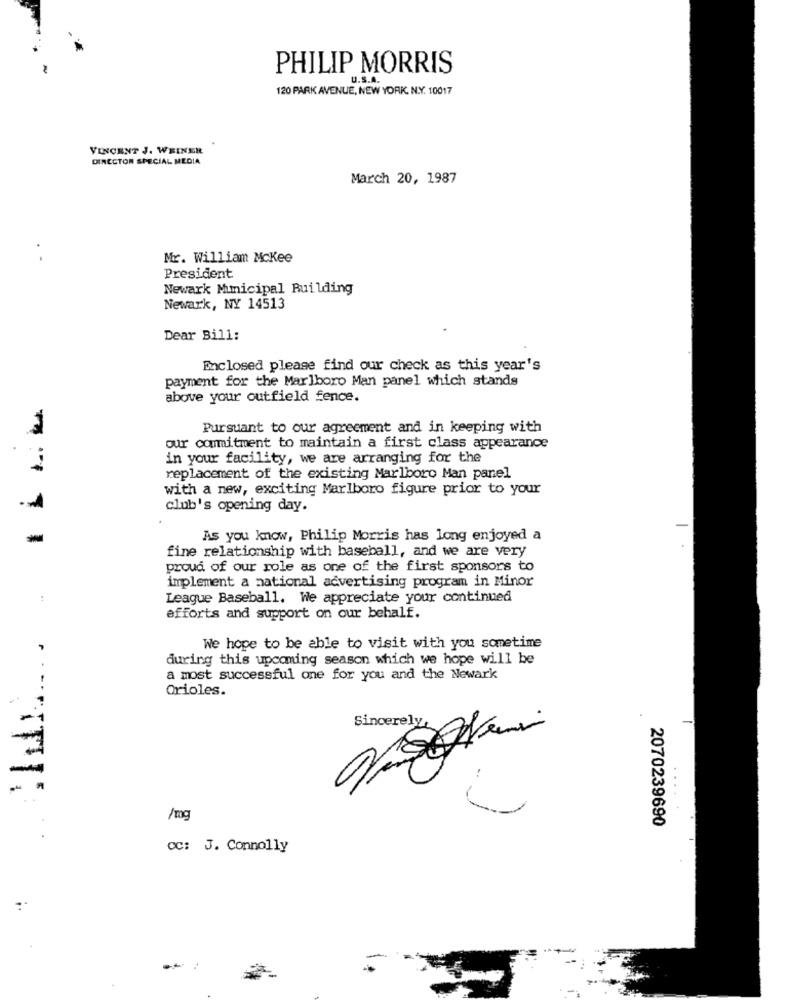
PHILIP MORRIS
U.S.A.
120 PARK AVENUE, NEW YORK. N.Y. 10017
VINCENT J. WEINER
DIRECTOR SPECIAL MEDIA
March 20, 1987
Mr. William McKee
President
Newark Municipal Building
Newark, NY 14513
Dear Bill:
Enclosed please find our check as this year's
payment for the Marlboro Man panel which stands
above your outfield fence.
Pursuant to our agreement and in keeping with
our commitment to maintain a first class appearance
in your facility, we are arranging for the
replacement of the existing Marlboro Man panel
with a new, exciting Marlboro figure prior to your
club's opening day.
-
As you know, Philip Morris has long enjoyed a
fine relationship with baseball, and we are very
proud of our role as one of the first sponsors to
implement a national advertising program in Minor
League Baseball. We appreciate your continued
efforts and support on our behalf.
We hope to be able to visit with you sometime
during this upcoming season which we hope will be
a most successful one for you and the Newark
Orioles.
Sincerely,
/mg
2070239690
CC: J. Connolly